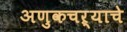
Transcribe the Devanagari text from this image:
अणुकचऱ्याचे